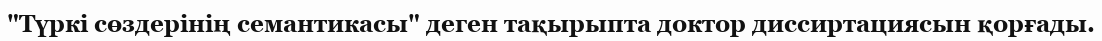
"Түркі сөздерінің семантикасы" деген тақырыпта доктор диссиртациясын қорғады.